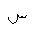
Letter: _sin